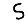
Digit: 5